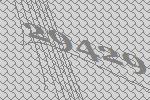
29429